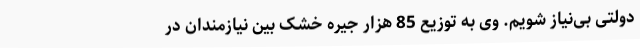
دولتی بی‌نیاز شویم. وی به توزیع 85 هزار جیره خشک بین نیازمندان در